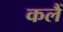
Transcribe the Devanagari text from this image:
कलैं